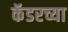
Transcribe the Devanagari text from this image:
कॅडरच्या